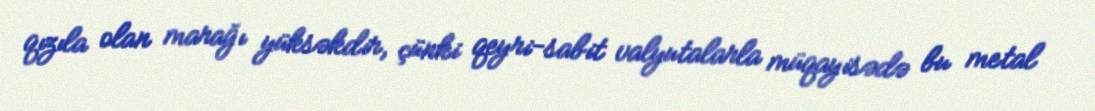
qızıla olan marağı yüksəkdir, çünki qeyri-sabit valyutalarla müqayisədə bu metal